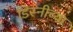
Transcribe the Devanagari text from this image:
डिस्नीच्या